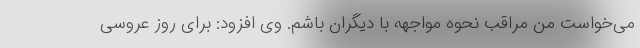
می‌خواست من مراقب نحوه مواجهه با دیگران باشم. وی افزود: برای روز عروسی